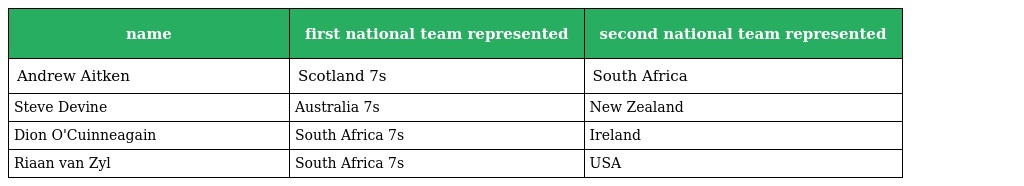
| name | first national team represented | second national team represented |
 | --- | --- | --- |
 | Andrew Aitken | Scotland 7s | South Africa |
 | Steve Devine | Australia 7s | New Zealand |
 | Dion O'Cuinneagain | South Africa 7s | Ireland |
 | Riaan van Zyl | South Africa 7s | USA |